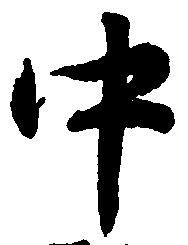
中